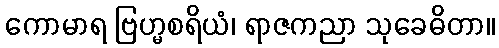
ကောမာရ ဗြဟ္မစရိယံ၊ ရာဇကညာ သုခေဓိတာ။